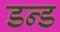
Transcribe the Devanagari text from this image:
डन्ड